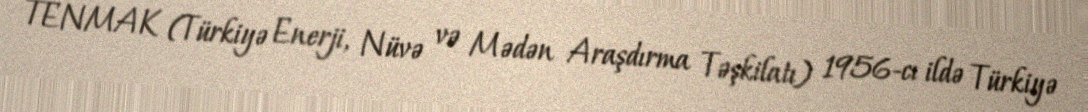
TENMAK (Türkiyə Enerji, Nüvə və Mədən Araşdırma Təşkilatı) 1956-cı ildə Türkiyə